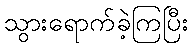
သွားရောက်ခဲ့ကြပြီး